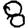
Digit: 8